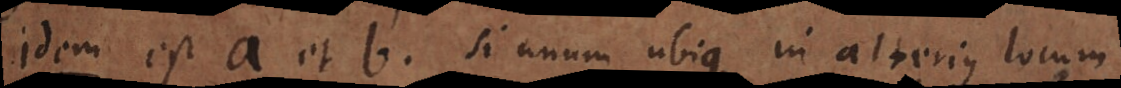
Idem est a et b. si unum ubique in alterius locum